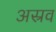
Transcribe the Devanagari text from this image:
अस्रव